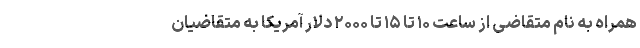
همراه به نام متقاضی از ساعت ۱۰ تا ۱۵ تا ۲۰۰۰ دلار آمریکا به متقاضیان